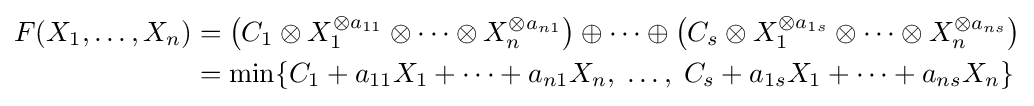
{\begin{aligned}F(X_{1},\ldots ,X_{n})&=\left(C_{1}\otimes X_{1}^{\otimes a_{11}}\otimes \cdots \otimes X_{n}^{\otimes a_{n1}}\right)\oplus \cdots \oplus \left(C_{s}\otimes X_{1}^{\otimes a_{1s}}\otimes \cdots \otimes X_{n}^{\otimes a_{ns}}\right)\\&=\min\{C_{1}+a_{11}X_{1}+\cdots +a_{n1}X_{n},\;\ldots ,\;C_{s}+a_{1s}X_{1}+\cdots +a_{ns}X_{n}\}\end{aligned}}